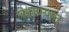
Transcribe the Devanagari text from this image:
पहाण्यात